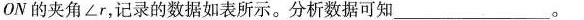
ON的夹角∠r，记录的数据如表所示。分析数据可知___。